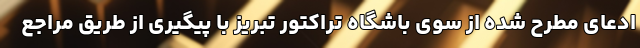
ادعای مطرح شده از سوی باشگاه تراکتور تبریز با پیگیری از طریق مراجع